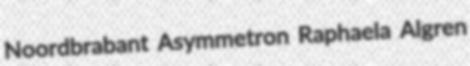
Noordbrabant Asymmetron Raphaela Algren